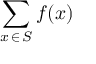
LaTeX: \sum _ { x \mathop { \in } S } f ( x )